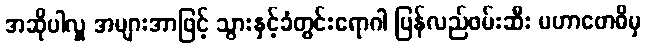
အဆိုပါလှူ အများအာဖြင့် သွားနှင့်ခံတွင်းရောဂါ ပြန်လည်ဖမ်းဆီး မဟာဗောဓိမှ